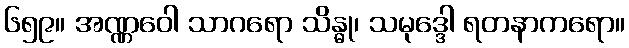
၆၅၉။ အဏ္ဏဝေါ သာဂရော သိန္ဓု၊ သမုဒ္ဒေါ ရတနာကရော။